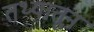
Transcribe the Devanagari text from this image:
तथ्यातून